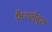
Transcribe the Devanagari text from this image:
फैशनेबुल